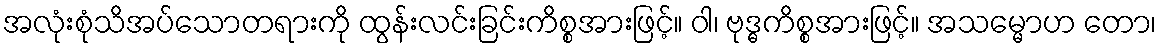
အလုံးစုံသိအပ်သောတရားကို ထွန်းလင်းခြင်းကိစ္စအားဖြင့်။ ဝါ၊ ဗုဒ္ဓကိစ္စအားဖြင့်။ အသမ္မောဟ တော၊